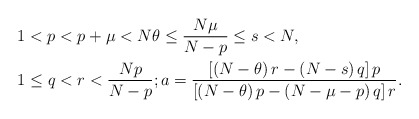
\begin{align*}1 & <p<p+\mu<N\theta\leq\frac{N\mu}{N-p}\leq s<N,\\1 & \leq q<r<\frac{Np}{N-p};a=\frac{\left[ \left( N-\theta\right)r-\left( N-s\right) q\right] p}{\left[ \left( N-\theta\right) p-\left(N-\mu-p\right) q\right] r}.\end{align*}